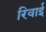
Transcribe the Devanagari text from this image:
रिवाई